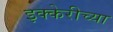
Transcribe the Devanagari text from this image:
इक्केरीच्या